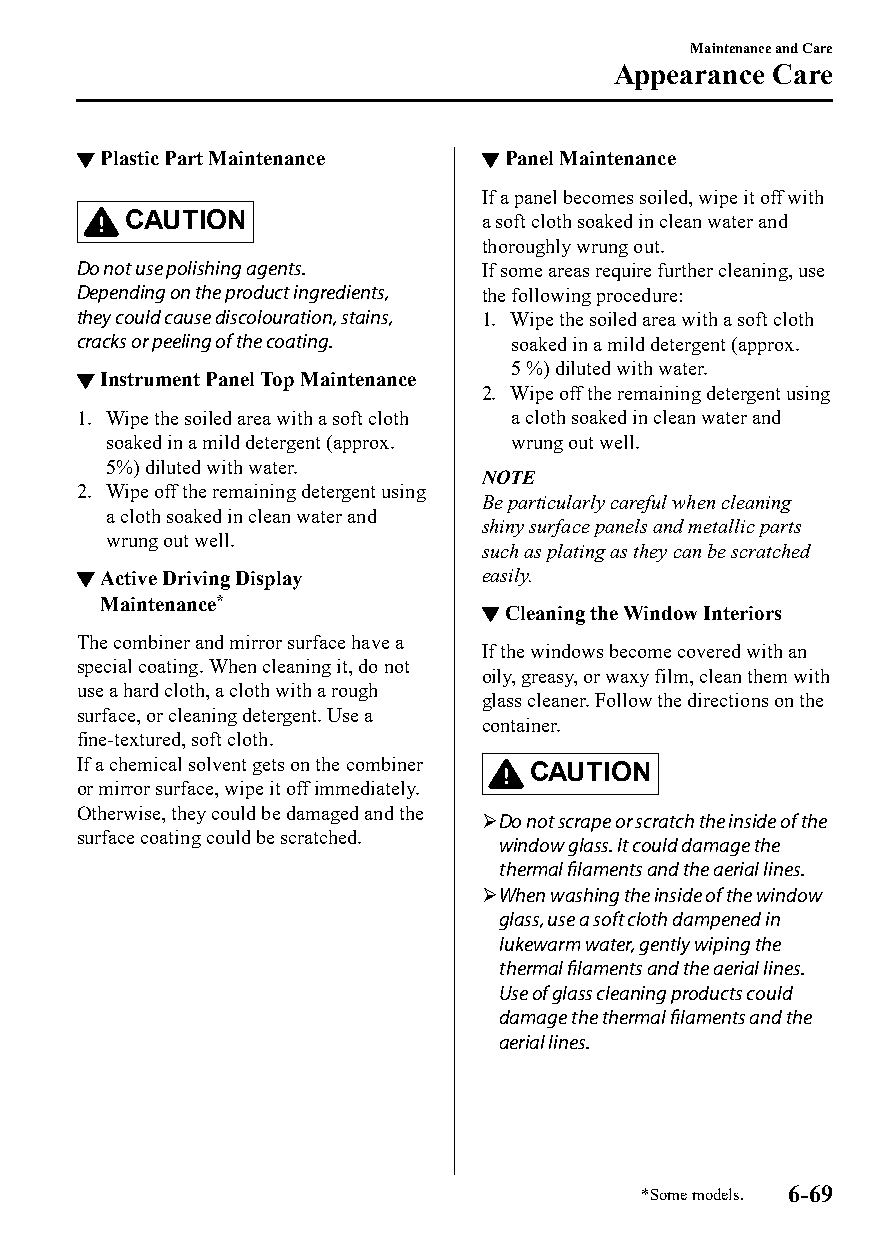
Maintenance and Care
 Appearance Care
 ▼Plastic Part Maintenance  ▼Panel Maintenance
 If a panel becomes soiled, wipe it off with
 CAUTION                 a soft cloth soaked in clean water and
 thoroughly wrung out.
 Do not use polishing agents. If some areas require further cleaning, use
 Depending on the product ingredients, the following procedure:
 they could cause discolouration, stains, 1. Wipe the soiled area with a soft cloth
 cracks or peeling of the coating. soaked in a mild detergent (approx.
 5 %) diluted with water.
 ▼Instrument Panel Top Maintenance
 2. Wipe off the remaining detergent using
 1. Wipe the soiled area with a soft cloth a cloth soaked in clean water and
 soaked in a mild detergent (approx. wrung out well.
 5%) diluted with water.
 NOTE
 2. Wipe off the remaining detergent using
 Be particularly careful when cleaning
 a cloth soaked in clean water and
 shiny surface panels and metallic parts
 wrung out well.
 such as plating as they can be scratched
 ▼Active Driving Display    easily.
 Maintenance*
 ▼Cleaning the Window Interiors
 The combiner and mirror surface have a
 If the windows become covered with an
 special coating. When cleaning it, do not
 oily, greasy, or waxy film, clean them with
 use a hard cloth, a cloth with a rough
 glass cleaner. Follow the directions on the
 surface, or cleaning detergent. Use a
 container.
 fine-textured, soft cloth.
 If a chemical solvent gets on the combiner CAUTION
 or mirror surface, wipe it off immediately.
 Otherwise, they could be damaged and the
 Do not scrape or scratch the inside of the
 surface coating could be scratched.
 window glass. It could damage the
 thermal filaments and the aerial lines.
 When washing the inside of the window
 glass, use a soft cloth dampened in
 lukewarm water, gently wiping the
 thermal filaments and the aerial lines.
 Use of glass cleaning products could
 damage the thermal filaments and the
 aerial lines.
 *Some models. 6-69
 CX-3_8GT4-EE-18D_Edition4                  2018-9-6 18:32:19